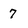
Character: 7